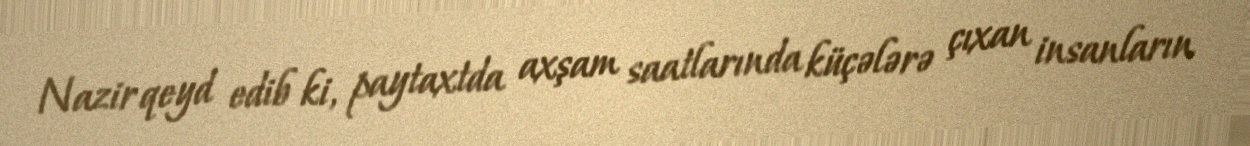
Nazir qeyd edib ki, paytaxtda axşam saatlarında küçələrə çıxan insanların